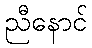
ညီနောင်